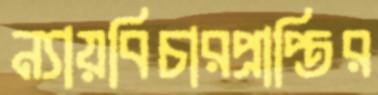
ন্যায়বিচারপ্রাপ্তির